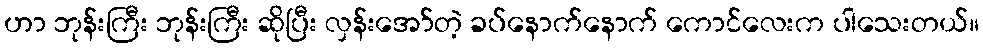
ဟာ ဘုန်းကြီး ဘုန်းကြီး ဆိုပြီး လှန်းအော်တဲ့ ခပ်နောက်နောက် ကောင်လေးက ပါသေးတယ်။